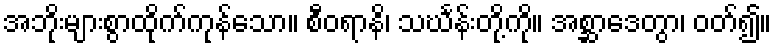
အဘိုးများစွာထိုက်ကုန်သော။ စီဝရာနိ၊ သင်္ဃန်းတို့ကို။ အစ္ဆာဒေတွာ၊ ဝတ်၍။